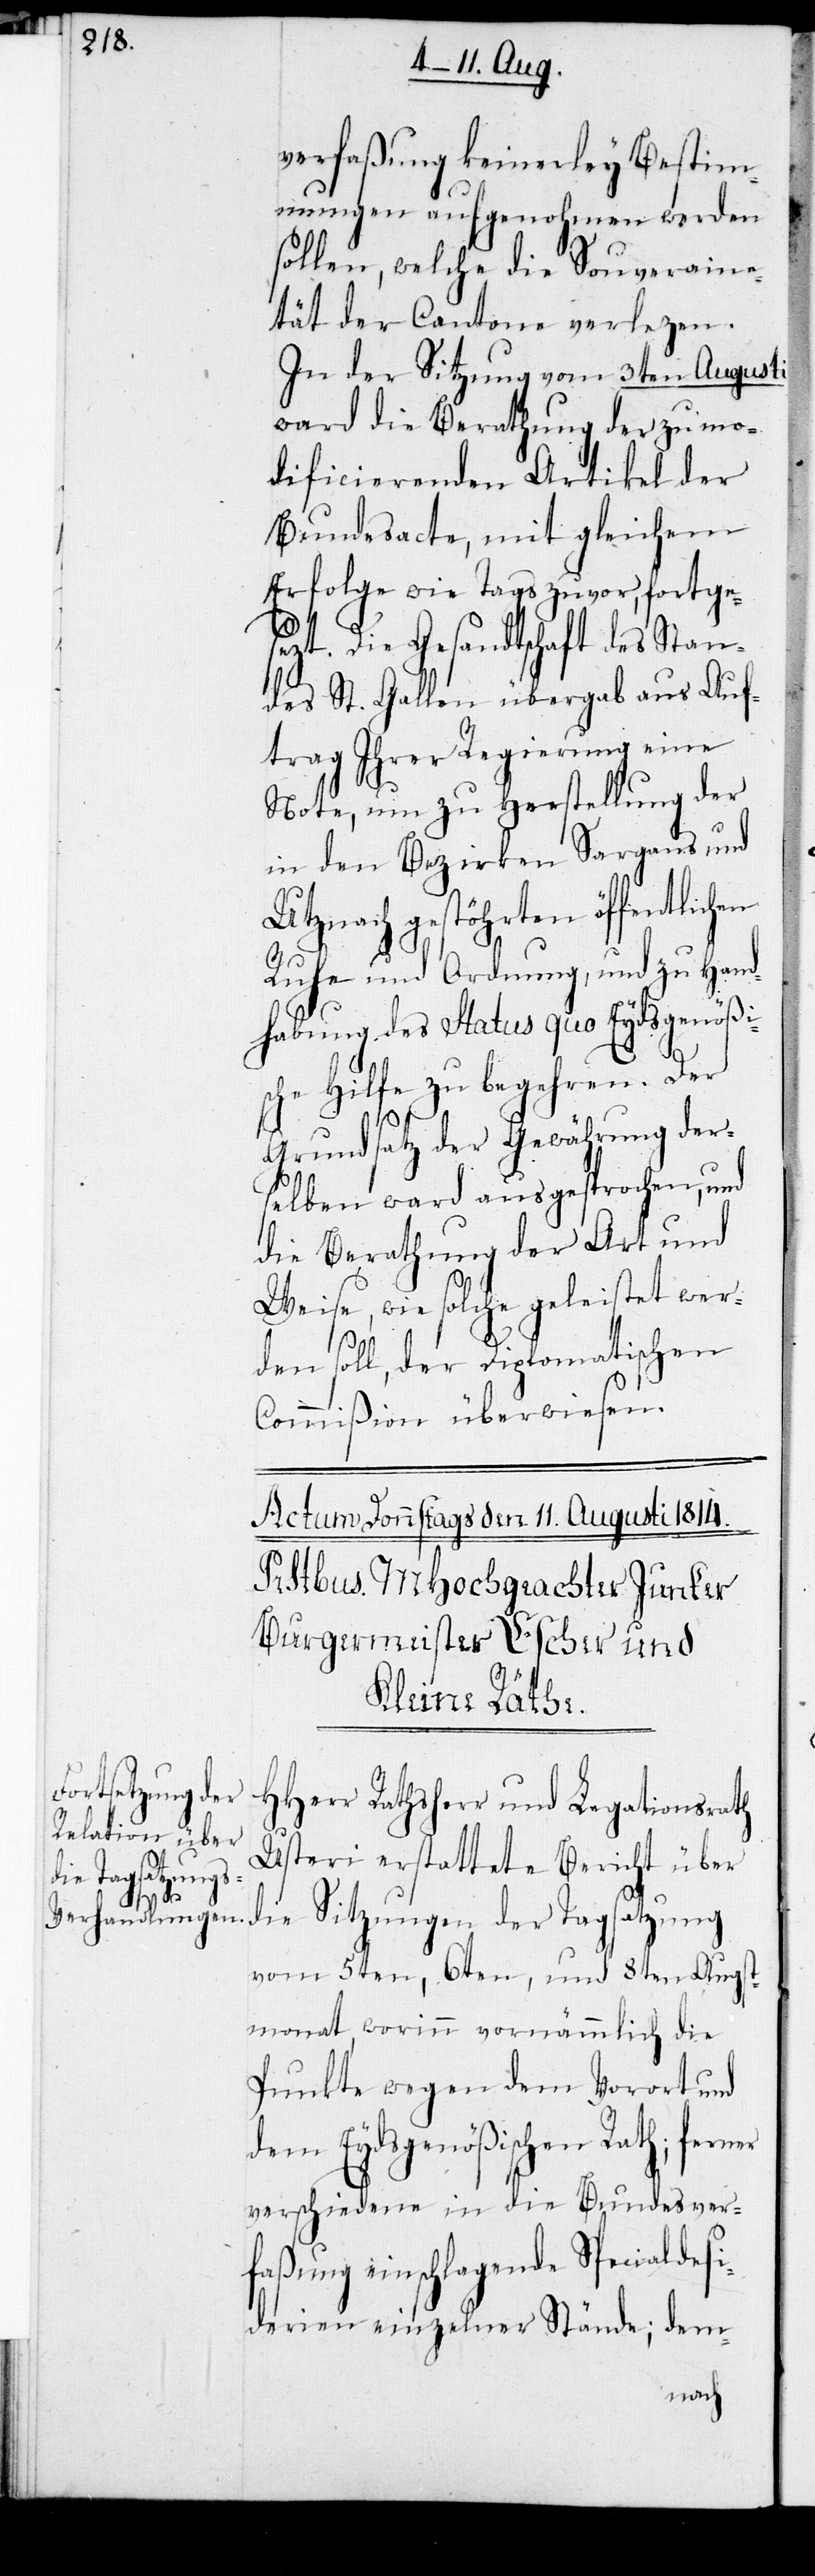
verfaßung keinerley Bestim¬
mungen aufgenohmen werden
sollen, welche die Souveraine¬
tät der Cantone verlezen.
In der Sitzung vom 3ten Augusti
ward die Berathung der zu mo¬
dificierenden Artikel der
Bundesacte, mit gleichem
Erfolge wie Tags zuvor, fortge¬
si¬
sezt. Die Gesandtschaft des Stan¬
des St. Gallen übergab aus Auf¬
trag Ihrer Regierung eine
Note, um zu Herstellung der
in den Bezirken Sargans und
Utznach gestöhrten öffentlichen
Ruhe und Ordnung, und zu Hand¬
habung des Status quo Eydsgenößi¬
sche Hilfe zu begehren. Der
Grundsatz der Gewährung der¬
selben ward ausgesprochen, und
die Berathung der Art und
Weise, wie solche geleistet wer¬
den soll, der Diplomatischen
Commißion überwiesen.
HHerr Rathsherr und Legationsrath
Usteri erstattete Bericht über
die Sitzungen der Tagsatzung
vom 5ten, 6ten, und 8ten Augst¬
monat, worinn vornämmlich die
Punkte wegen dem Vorort und
dem Eydsgenößischen Rath; ferner
verschiedene in die Bundesver¬
faßung einschlagende Speciallde¬
derien einzelner Stände, dem-